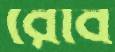
রোব